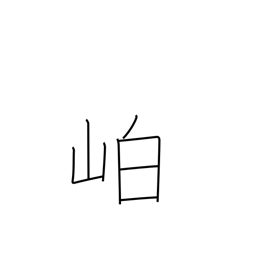
Meaning: dense mountain vegetation